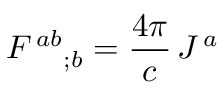
F ^ { \, a b } { } _ { ; b } = { \frac { 4 \pi } { c } } \, J ^ { \, a }